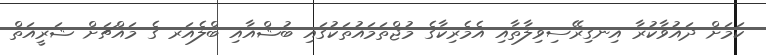
ކަމަށް ދައުވާކުރާ އިނގިރޭސިވިލާތާއި އެމެރިކާގެ މުޖްތަމައުތަކުގައި ބުޝްއާއި ބްލެއަރ ގެ މައްޗަށް ޝަރީއަތް